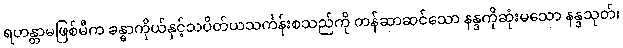
ရဟန္တာမဖြစ်မီက ခန္ဓာကိုယ်နှင့်သပိတ်ယသင်္ကန်းစသည်ကို တန်ဆာဆင်သော နန္ဒကိုဆုံးမသော နန္ဒသုတ်၊